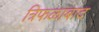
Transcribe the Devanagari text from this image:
त्रिफळाबाद